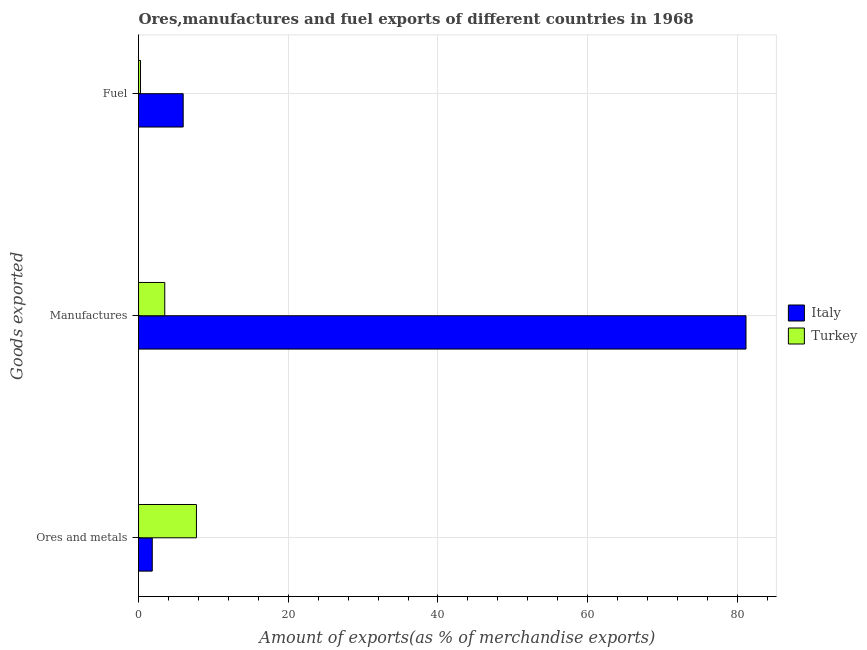
| Goods exported | Italy | Turkey |
 | --- | --- | --- |
 | Ores and metals | 1.84 | 7.74 |
 | Manufactures | 81.1 | 3.51 |
 | Fuel | 5.97 | 0.269 |